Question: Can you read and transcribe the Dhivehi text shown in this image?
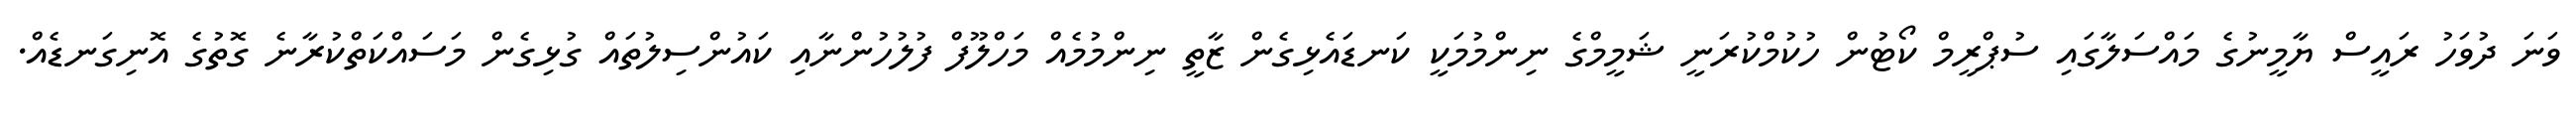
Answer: ވަނަ ދުވަހު ރައީސް ޔާމީނުގެ މައްސަލާގައި ސުޕްރީމް ކޯޓުން ހުކުމްކުރަނީ ޝަމީމްގެ ނިންމުމަކީ ކަނޑައެޅިގެން ޒާތީ ނިންމުމެއް މަހްލޫފް ފުލުހުންނާއި ކައުންސިލުތައް ގުޅިގެން މަސައްކަތްކުރާނެ ގޮތުގެ އޮނިގަނޑެއް.